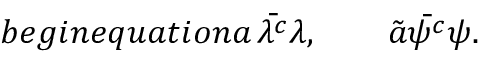
b e g i n { e q u a t i o n } a \, \bar { \lambda ^ { c } } \lambda , \qquad \tilde { a } \bar { \psi ^ { c } } \psi .